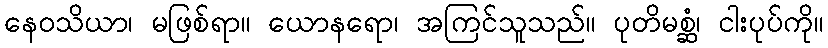
နေဝသိယာ၊ မဖြစ်ရာ။ ယောနရော၊ အကြင်သူသည်။ ပုတိမစ္ဆံ၊ ငါးပုပ်ကို။